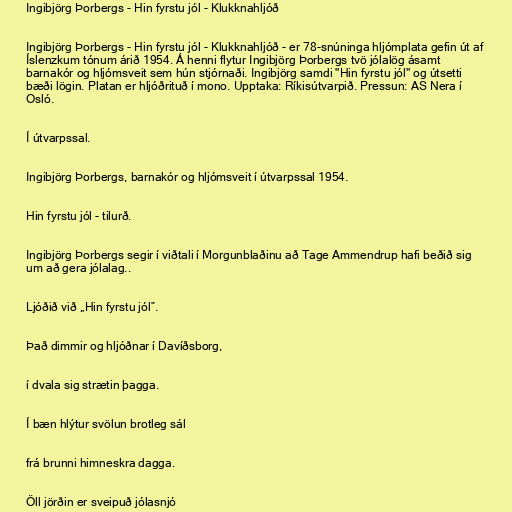
Ingibjörg Þorbergs - Hin fyrstu jól - Klukknahljóð

Ingibjörg Þorbergs - Hin fyrstu jól - Klukknahljóð - er 78-snúninga hljómplata gefin út af
Íslenzkum tónum árið 1954. Á henni flytur Ingibjörg Þorbergs tvö jólalög ásamt
barnakór og hljómsveit sem hún stjórnaði. Ingibjörg samdi "Hin fyrstu jól" og útsetti
bæði lögin. Platan er hljóðrituð í mono. Upptaka: Ríkisútvarpið. Pressun: AS Nera í
Osló.

Í útvarpssal.

Ingibjörg Þorbergs, barnakór og hljómsveit í útvarpssal 1954.

Hin fyrstu jól - tilurð.

Ingibjörg Þorbergs segir í viðtali í Morgunblaðinu að Tage Ammendrup hafi beðið sig
um að gera jólalag..

Ljóðið við „Hin fyrstu jól”.

Það dimmir og hljóðnar í Davíðsborg,

í dvala sig strætin þagga.

Í bæn hlýtur svölun brotleg sál

frá brunni himneskra dagga.

Öll jörðin er sveipuð jólasnjó